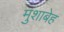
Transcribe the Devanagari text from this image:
मुशाबेह